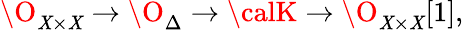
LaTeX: \O_{\mathit{X}\times\mathit{X}}\to\O_{\Delta}\to{\calK}\to\O_{\mathit{X}\times\mathit{X}}[1],